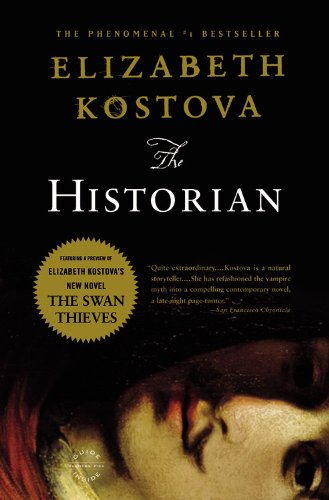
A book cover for The Historian; Elizabeth Kostova; Mystery, Thriller & Suspense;